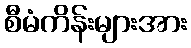
စီမံကိန်းများအား